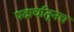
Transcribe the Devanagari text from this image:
पदार्थातूनच